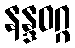
နန္ဒဝဂ္ဂ